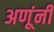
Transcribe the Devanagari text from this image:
अणूंनी